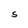
Character: S